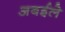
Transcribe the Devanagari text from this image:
अबईले